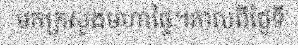
មកក្រសួងមហាផ្ទៃ។កាលពីថ្ងៃទី